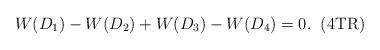
LaTeX: \begin{align*}W(D_1)-W(D_2)+W(D_3)-W(D_4)=0.\;\;\mbox{(4TR)}\end{align*}